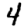
Digit: 4